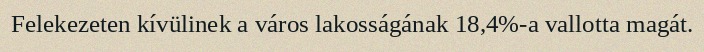
Felekezeten kívülinek a város lakosságának 18,4%-a vallotta magát.